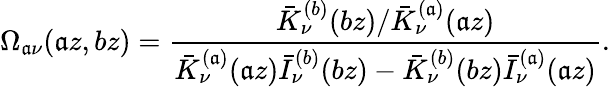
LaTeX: \Omega_{\mathfrak{a}\nu}(\mathfrak{a}z,bz)=\frac{{\bar{{K}}_{\nu}^{(b)}(bz)/\bar{{K}}_{\nu}^{(\mathfrak{a})}(\mathfrak{a}z)}}{{\bar{{K}}_{\nu}^{(\mathfrak{a})}(\mathfrak{a}z)\bar{{I}}_{\nu}^{(b)}(bz)-\bar{{K}}_{\nu}^{(b)}(bz)\bar{{I}}_{\nu}^{(\mathfrak{a})}(\mathfrak{a}z)}}.